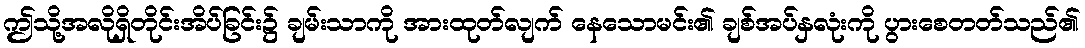
ဤသို့အလိုရှိတိုင်းအိပ်ခြင်း၌ ချမ်းသာကို အားထုတ်လျက် နေသောမင်း၏ ချစ်အပ်နှလုံးကို ပွားစေတတ်သည်၏